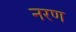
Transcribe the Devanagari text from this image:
नरण